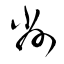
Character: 削